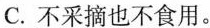
C.不采摘也不食用。